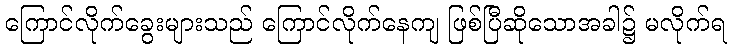
ကြောင်လိုက်ခွေးများသည် ကြောင်လိုက်နေကျ ဖြစ်ပြီဆိုသောအခါ၌ မလိုက်ရ